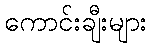
ကောင်းချီးများ